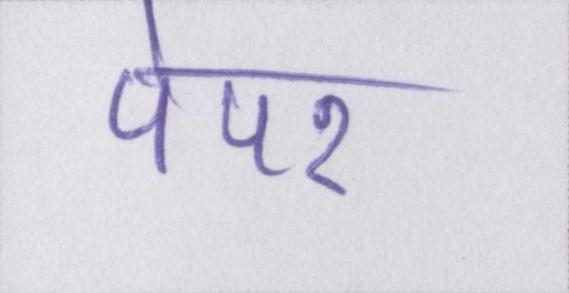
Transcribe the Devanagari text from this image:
पेपर